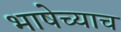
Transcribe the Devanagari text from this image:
भाषेच्याच